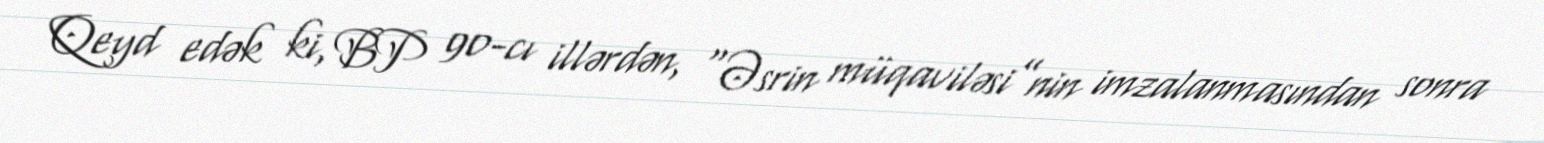
Qeyd edək ki, BP 90-cı illərdən, “Əsrin müqaviləsi”nin imzalanmasından sonra